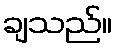
ချသည်။